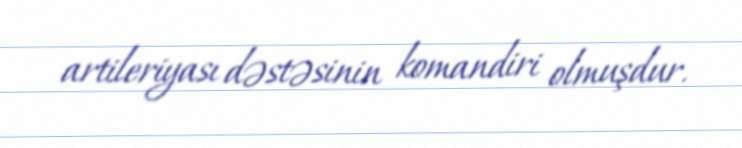
artileriyası dəstəsinin komandiri olmuşdur.